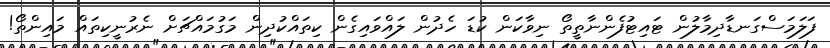
ފަލަމަސްގަނޑާދިމާލުން ޓައިޓުފެންނާތީތޯ ނިވާކަން ކުޑަ ހެދުން ލައްވައިގެން ކިތައްކުދިން މަގުމައްޗަށް ނެރުނީކިތައް މައިިިންތޯ!